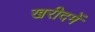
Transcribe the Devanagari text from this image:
खरीदमें